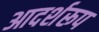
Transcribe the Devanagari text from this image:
आदर्शरूप